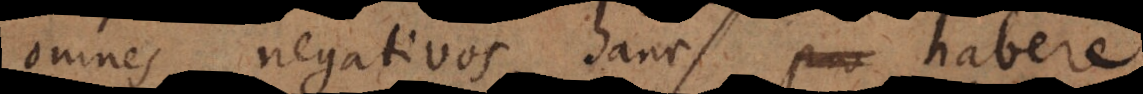
omnes negativos, hanc habere